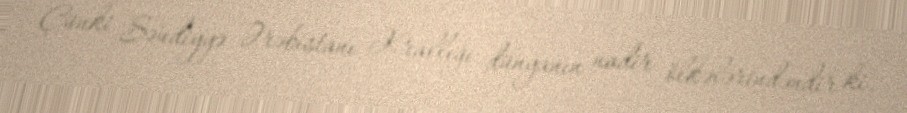
Çünki Səudiyyə Ərəbistanı Krallığı dünyanın nadir ölkələrindəndir ki,